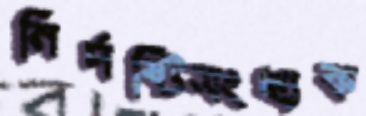
নির্দষ্টিসংখ্যক